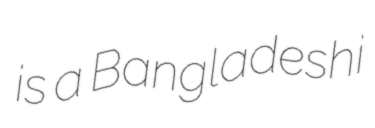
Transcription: is a Bangladeshi